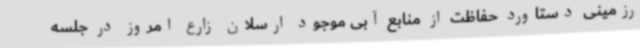
رزمینی دستاورد حفاظت از منابع آبی موجود ارسلان زارع امروز در جلسه